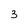
Character: 3